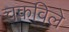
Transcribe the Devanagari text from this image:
चकविले